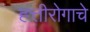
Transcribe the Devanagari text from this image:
ह्त्तीरोगाचे